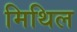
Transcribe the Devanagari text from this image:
मिथिल